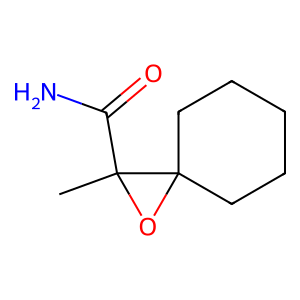
SMILES: CC1(C(N)=O)OC12CCCCC2
Inhibits HIV replication: No